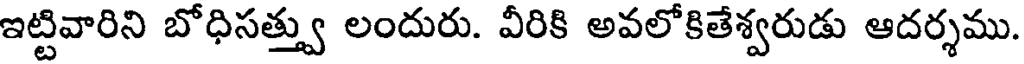
ఇట్టివారిని బోధిసత్త్వు లందురు. వీరికి అవలోకితేశ్వరుడు ఆదర్శము.